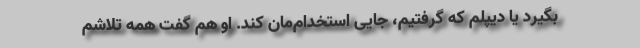
بگیرد یا دیپلم که گرفتیم، جایی استخدام‌مان کند. او هم گفت همه تلاشم